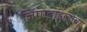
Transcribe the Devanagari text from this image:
जिंगोबाइलोबा